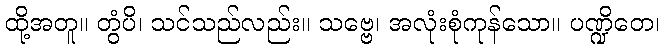
ထို့အတူ။ တွံပိ၊ သင်သည်လည်း။ သဗ္ဗေ၊ အလုံးစုံကုန်သော။ ပဏ္ဍိတေ၊